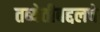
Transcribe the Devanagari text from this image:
तब्येतीबद्दलचे